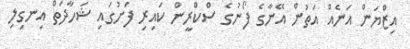
އިޒްޔަން އަނެއް އަތުން އޭނާގެ ފޯނުގެ ސްކްރީން ކައިރި ފަށުގައި ޝަހާދަތް އިނގިލި